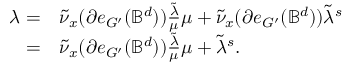
\begin{array} { r l } { \lambda = } & { \tilde { \nu } _ { x } ( \partial e _ { G ^ { \prime } } ( \mathbb { B } ^ { d } ) ) \frac { \tilde { \lambda } } { \mu } \mu + \tilde { \nu } _ { x } ( \partial e _ { G ^ { \prime } } ( \mathbb { B } ^ { d } ) ) \tilde { \lambda } ^ { s } } \\ { = } & { \tilde { \nu } _ { x } ( \partial e _ { G ^ { \prime } } ( \mathbb { B } ^ { d } ) ) \frac { \tilde { \lambda } } { \mu } \mu + \tilde { \lambda } ^ { s } . } \end{array}